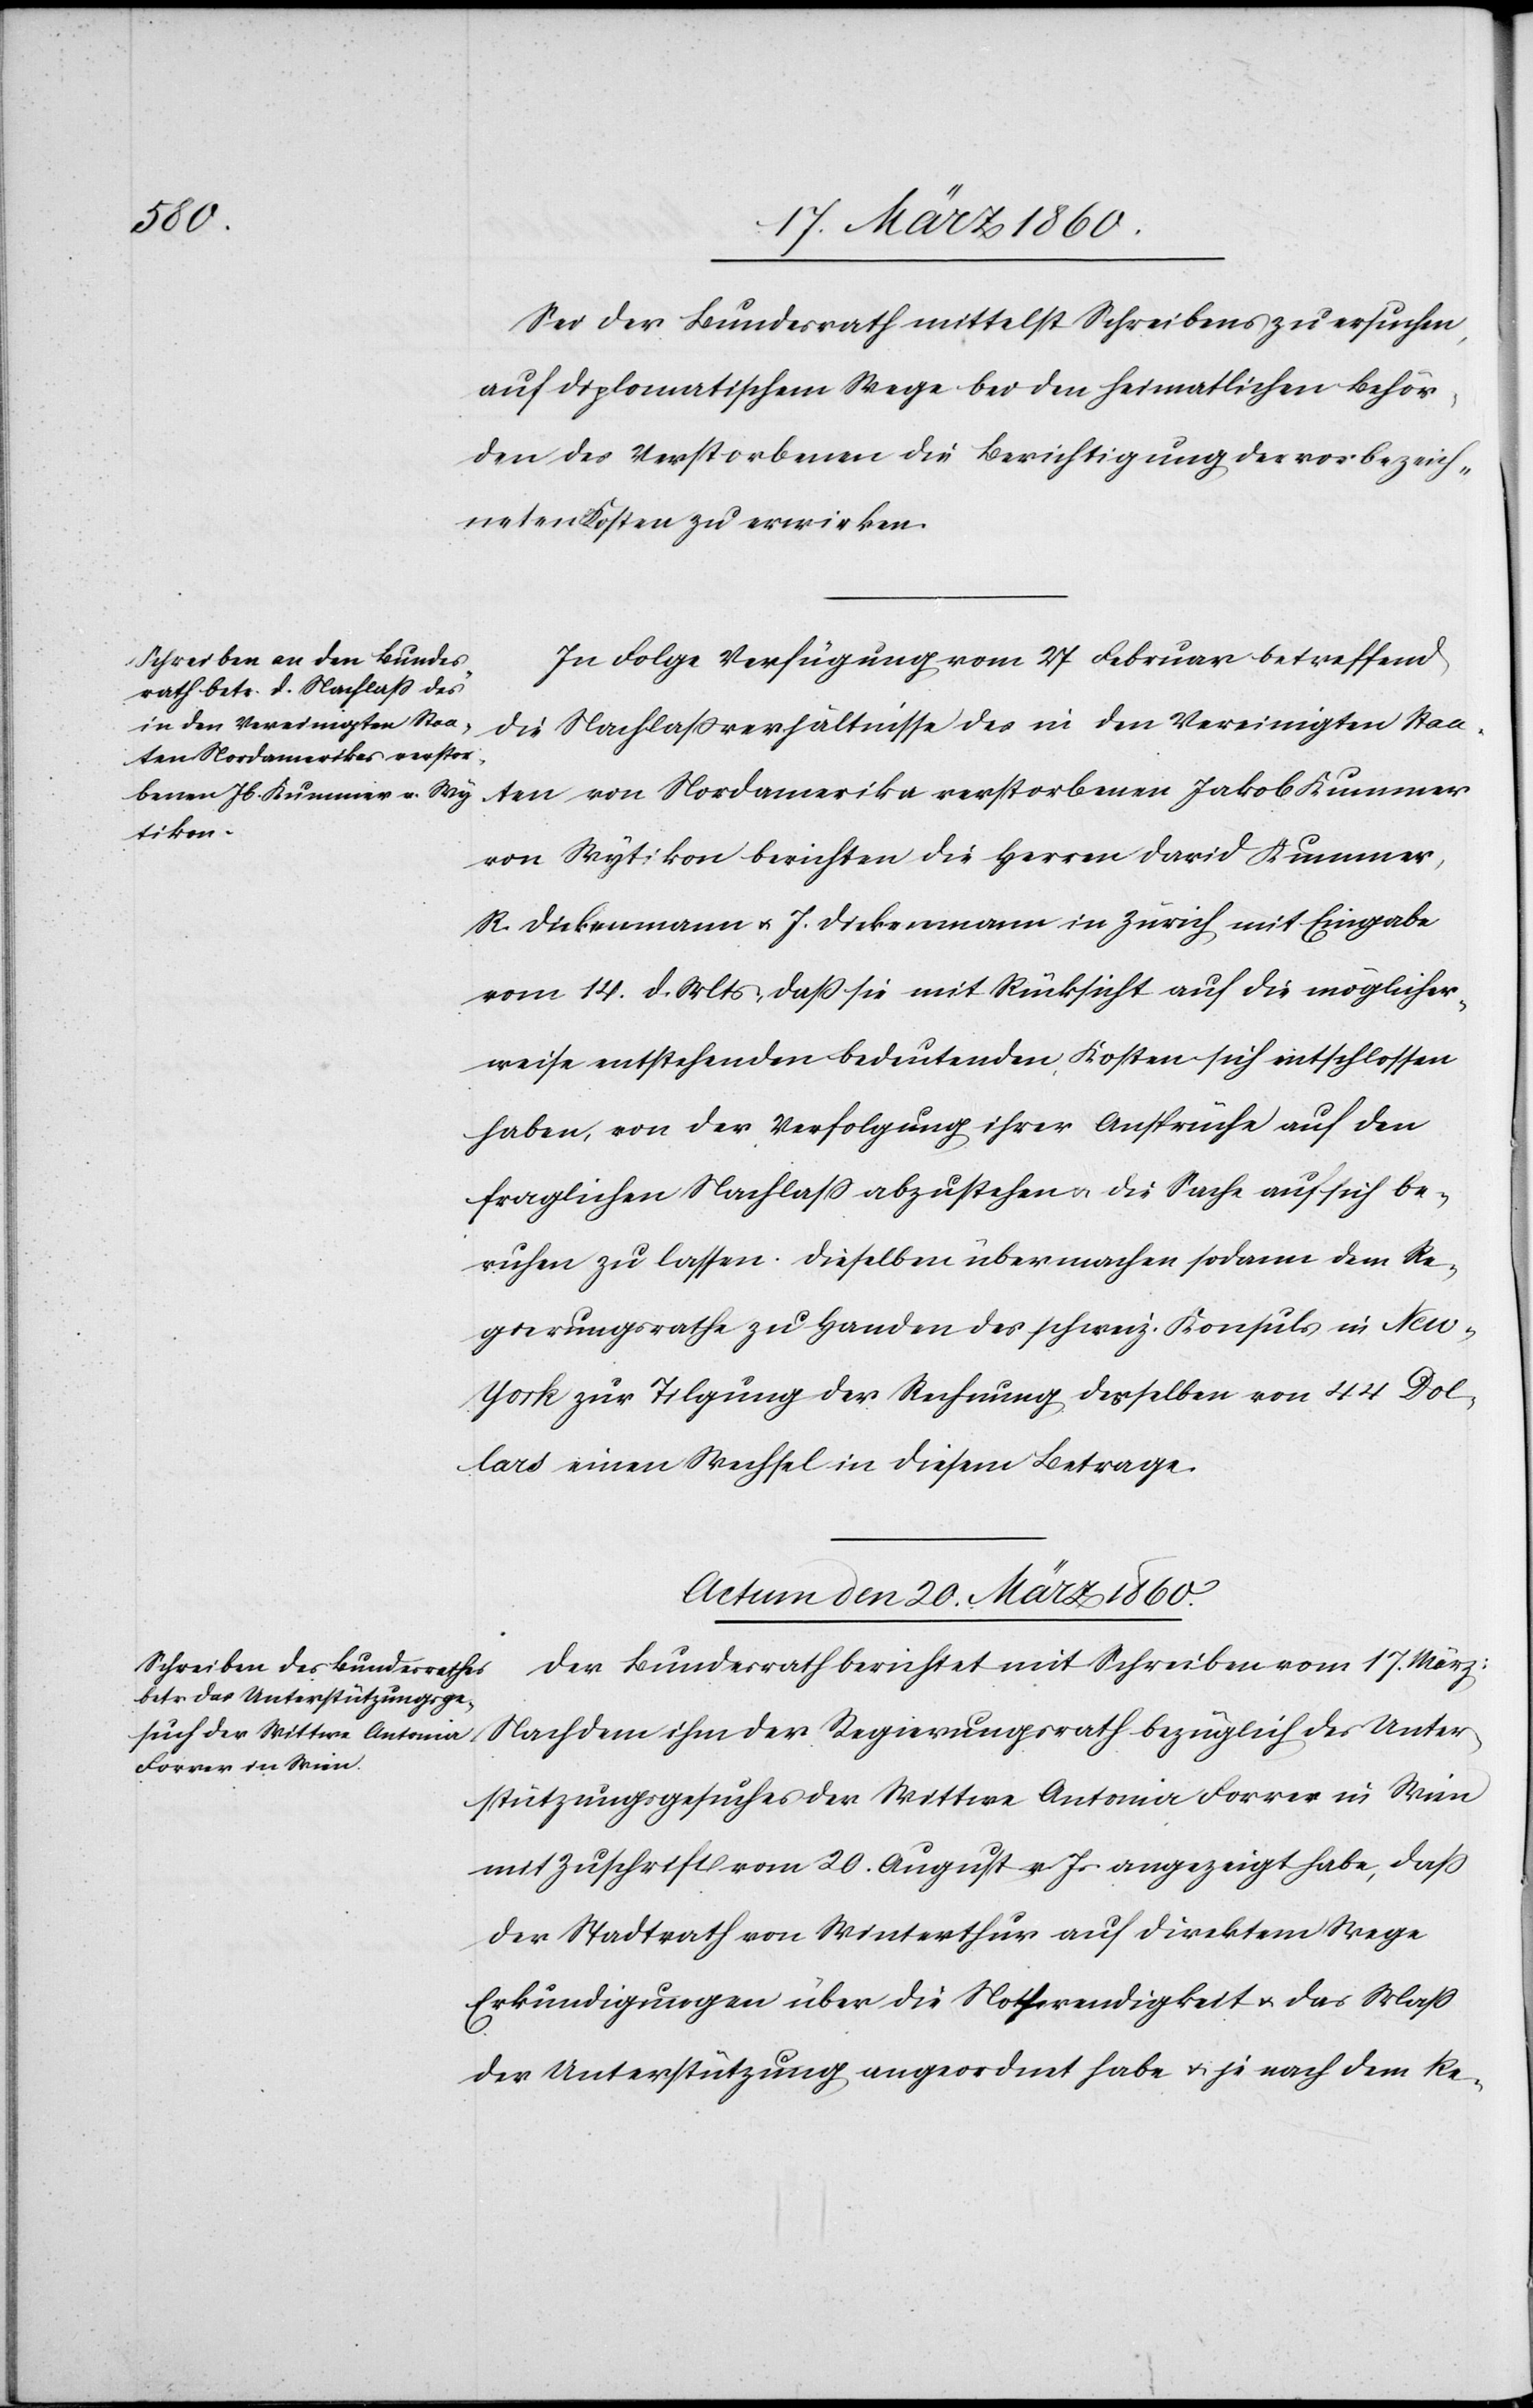
Sei der Bundesrath mittelst Schreibens zu ersuchen,
auf diplomatischem Wege bei den heimatlichen Behör¬
den des Verstorbenen die Berichtigung der vorbezeich¬
neten Kosten zu erwirken.
In Folge Verfügung vom 27. Februar betreffend
die Nachlassverhältnisse des in den Vereinigten Staa¬
ten von Nordamerika verstorbenen Jakob Kummer
von Wytikon berichten die Herren David Kummer,
R. Diekenmann u. .J Diekenmann in Zürich, mit Eingabe
vom 14. d. Mts., dass sie mit Rücksicht auf die möglicher¬
weise entstehenden bedeutenden Kosten sich entschlossen
haben, von der Verfolgung ihrer Ansprüche auf den
fraglichen Nachlass abzustehen u. die Sache auf sich be¬
ruhen zu lassen. Dieselben übermachen sodann dem Re¬
gierungsrathe zu Handen des schweiz. Konsuls in New
York zur Tilgung der Rechnung desselben von 44 Dol¬
lars einen Wechsel in diesem Betrage.
Actum den 20. März 1860.
Der Bundesrath berichtet mit Schreiben vom 17. März:
Nachdem ihm der Regierungsrath bezüglich des Unter¬
stützungsgesuches der Witte Antonia Forrer in Wien
mit Zuschrift vom 20. August v. Js. angezeigt habe, dass
der Stadtrath von Winterthur auf direktem Wege
Erkundigungen über die Nothwendigkeit u. das Maß
der Unterstützung angeordnet habe u. je nach dem Re-